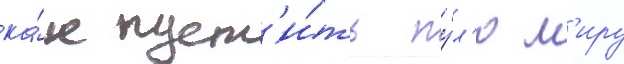
ка́к пуст'и́ть пу́л'ю м'иру